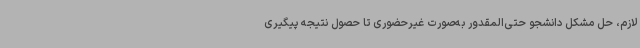
لازم، حل مشکل دانشجو حتی‌المقدور به‌صورت غیرحضوری تا حصول نتیجه پیگیری